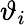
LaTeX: \vartheta_{i}